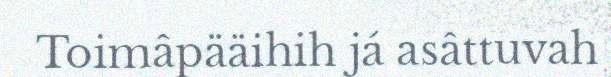
Toimâpääihih já asâttuvah